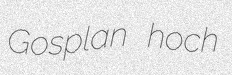
Gosplan hoch